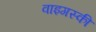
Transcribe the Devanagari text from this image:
वाइगस्की